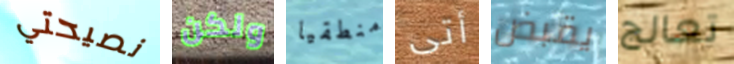
نصيحتي ولكن منطقيا أتى يقبض تعالج